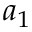
a _ { 1 }